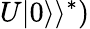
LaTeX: U|0\rangle\rangle^{*})